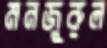
মনজুরুল